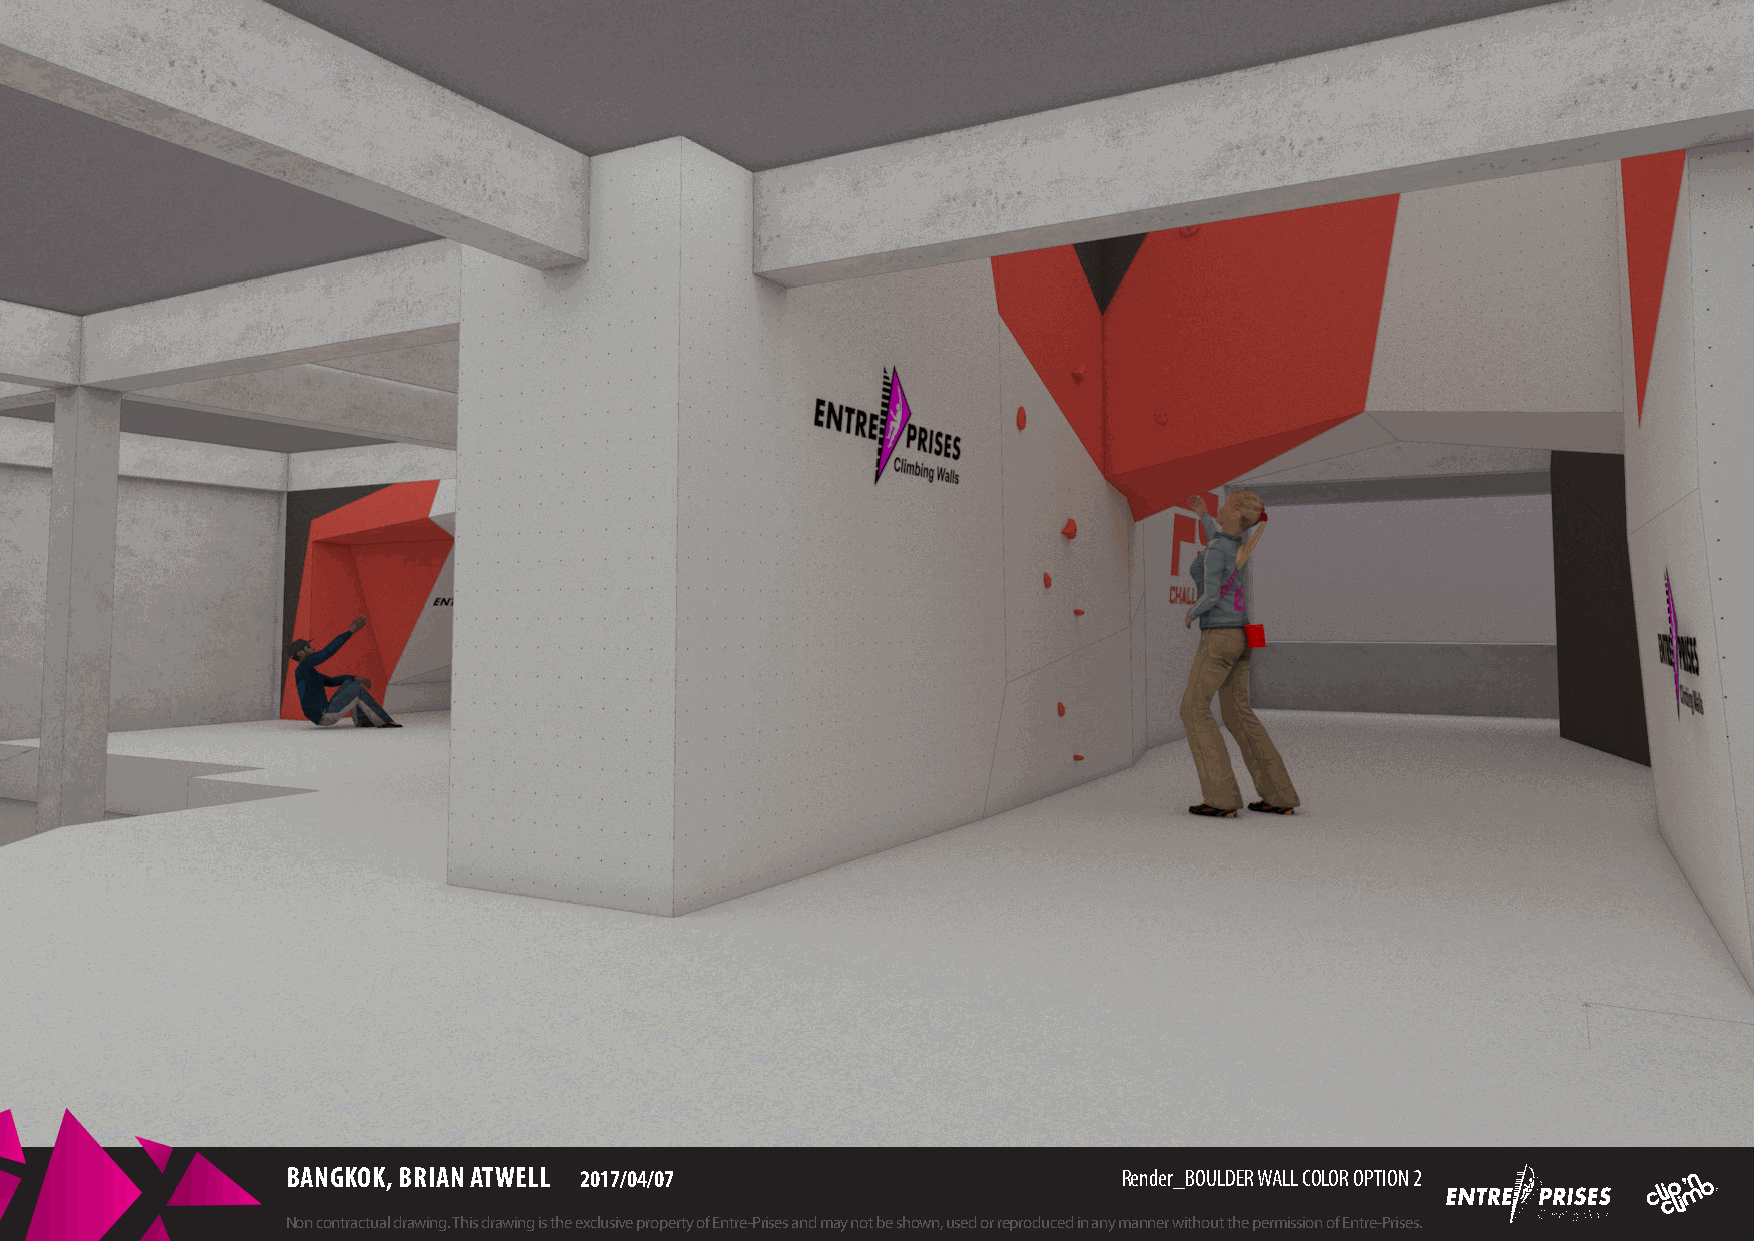
BANGKOK, BRIAN ATWELL 2017/04/07                       Render_BOULDER WALL COLOR OPTION 2
 Non contractual drawing. This drawing is the exclusive property of Entre-Prises and may not be shown, used or reproduced in any manner without the permission of Entre-Prises.